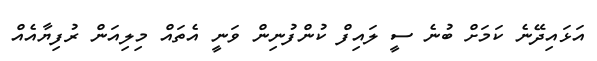
އަޅައިދޭނެ ކަމަށް ބުނެ ސީ ލައިފް ކުންފުނިން ވަނީ އެތައް މިލިއަން ރުފިޔާއެއް